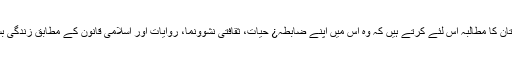
”مسلمان پاکستان کا مطالبہ اس لئے کرتے ہیں کہ وہ اس میں اپنے ضابطہ¿ حیات، ثقافتی نشوونما، روایات اور اسلامی قانون کے مطابق زندگی بسر کر سکیں۔